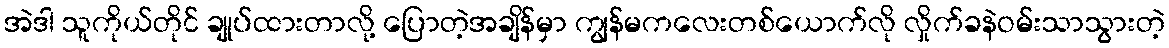
အဲဒါ သူကိုယ်တိုင် ချုပ်ထားတာလို့ ပြောတဲ့အချိန်မှာ ကျွန်မကလေးတစ်ယောက်လို လှိုက်ခနဲဝမ်းသာသွားတဲ့